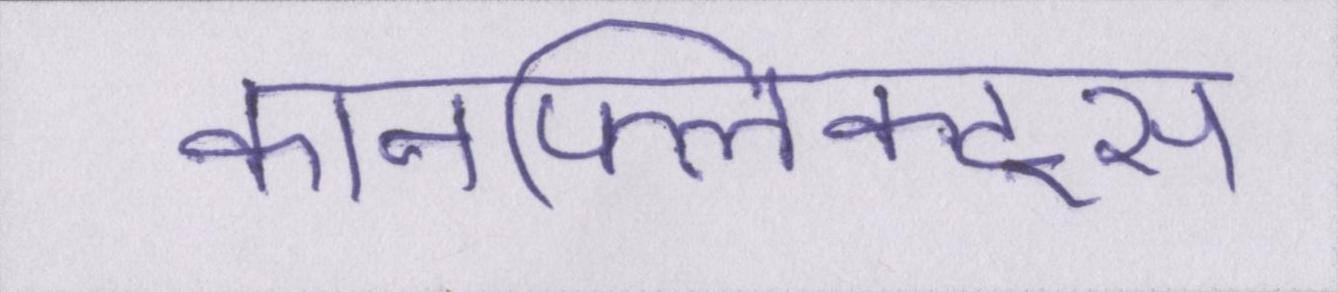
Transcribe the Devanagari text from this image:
कॉनफ्लिक्ट्स